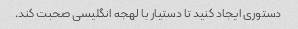
دستوری ایجاد کنید تا دستیار با لهجه انگلیسی صحبت کند.